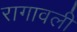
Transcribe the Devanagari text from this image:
रागावली